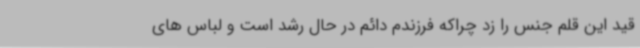
قید این قلم جنس را زد چراکه فرزندم دائم در حال رشد است و لباس های